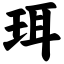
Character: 珥